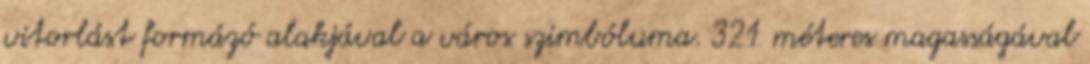
vitorlást formázó alakjával a város szimbóluma. 321 méteres magasságával